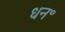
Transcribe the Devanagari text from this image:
धन॰